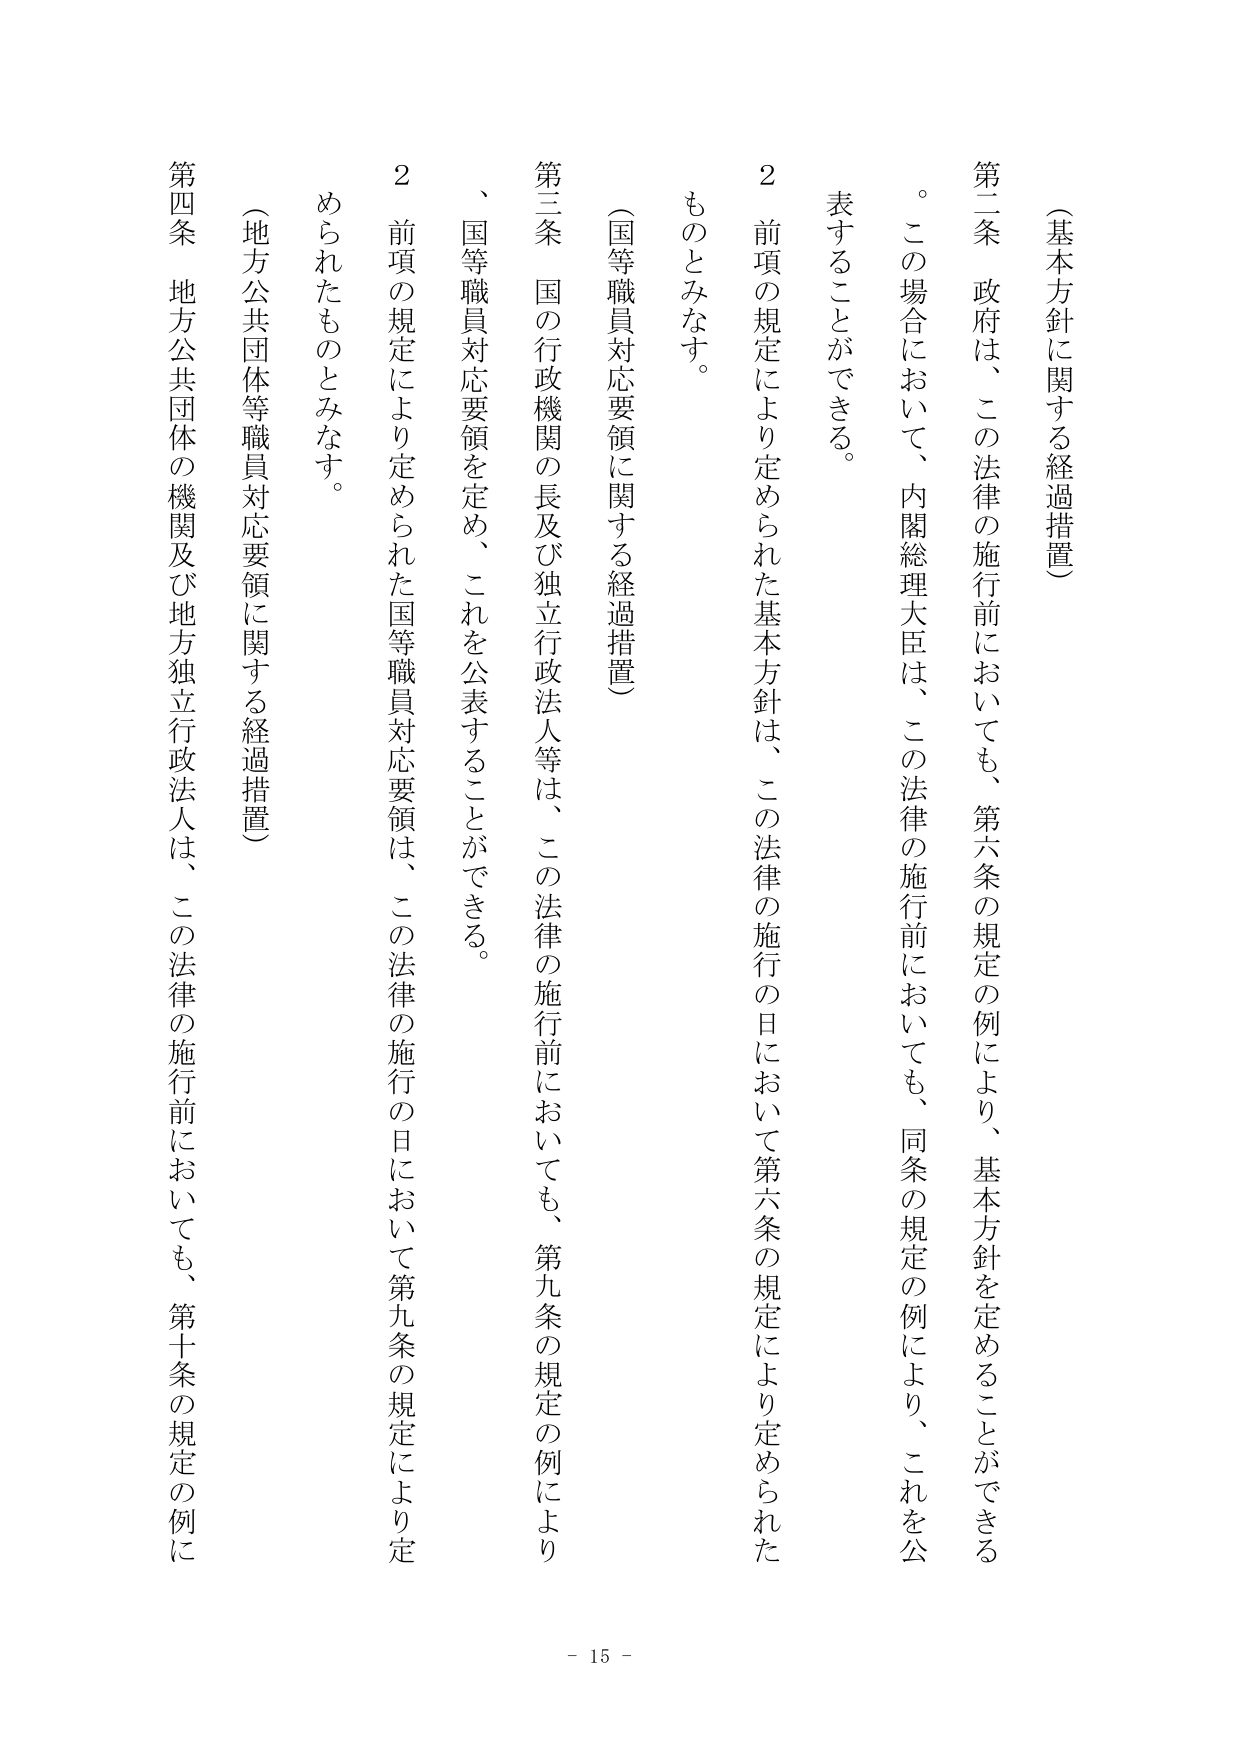
（基本方針に関する経過措置）

第二条 政府は、この法律の施行前においても、第六条の規定の例により、基本方針を定めることができる。この場合において、内閣総理大臣は、この法律の施行前においても、同条の規定の例により、これを公表することができる。

２ 前項の規定により定められた基本方針は、この法律の施行の日において第六条の規定により定められたものとみなす。

（国等職員対応要領に関する経過措置）

第三条 国の行政機関の長及び独立行政法人等は、この法律の施行前においても、第九条の規定の例により、国等職員対応要領を定め、これを公表することができる。

２ 前項の規定により定められた国等職員対応要領は、この法律の施行の日において第九条の規定により定められたものとみなす。

（地方公共団体等職員対応要領に関する経過措置）

第四条 地方公共団体の機関及び地方独立行政法人は、この法律の施行前においても、第十条の規定の例に

- 15 -